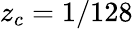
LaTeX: z_{c}=1/128